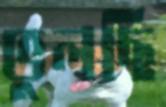
ভুলছি